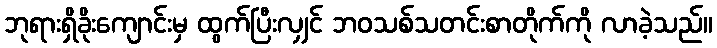
ဘုရားရှိခိုးကျောင်းမှ ထွက်ပြီးလျှင် ဘဝသစ်သတင်းစာတိုက်ကို လာခဲ့သည်။